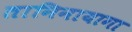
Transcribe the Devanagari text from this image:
तानिनायागा